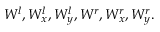
{ { W } ^ { l } } , W _ { x } ^ { l } , W _ { y } ^ { l } , { { W } ^ { r } } , W _ { x } ^ { r } , W _ { y } ^ { r } .